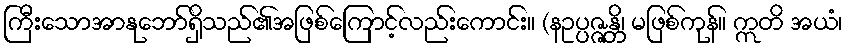
ကြီးသောအာနုဘော်ရှိသည်၏အဖြစ်ကြောင့်လည်းကောင်း။ (နဥပ္ပဇ္ဇန္တိ၊ မဖြစ်ကုန်။ ဣတိ အယံ၊